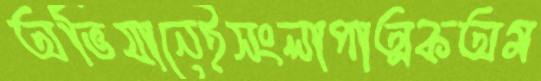
অভিযানেইসংলাপাত্মকঅম